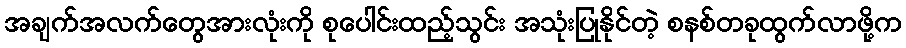
အချက်အလက်တွေအားလုံးကို စုပေါင်းထည့်သွင်း အသုံးပြုနိုင်တဲ့ စနစ်တခုထွက်လာဖို့က